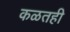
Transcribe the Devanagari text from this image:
कळतही